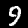
Digit: 9